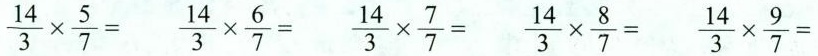
$$\frac { 1 4 } { 3 }\times \frac{ 5 } { 7 } =$$ $$\frac { 1 4 } { 3 } \times \frac { 6 }{ 7 } =$$ $$\frac { 1 4 } { 3 } \times \frac { 7 } { 7 } =$$ $$\frac {1 4 } { 3 }\times \frac { 8 } { 7 }=$$ $$\frac { 1 4 } { 3 } \times \frac { 9 } { 7 }=$$